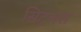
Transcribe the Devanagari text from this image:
सिट्रलस